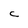
Character: C